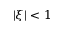
| \xi | < 1